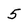
Character: 5